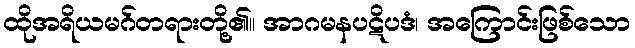
ထိုအရိယမဂ်တရားတို့၏။ အာဂမနပဋိပဒံ၊ အကြောင်းဖြစ်သော